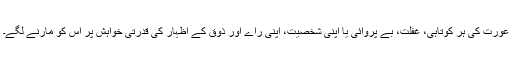
عورت کی ہر کوتاہی، غفلت، بے پروائی یا اپنی شخصیت، اپنی راے اور ذوق کے اظہار کی قدرتی خواہش پر اس کو مارنے لگے۔